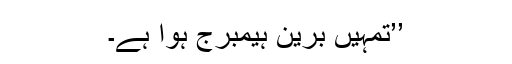
’’تمہیں برین ہیمبرج ہوا ہے۔